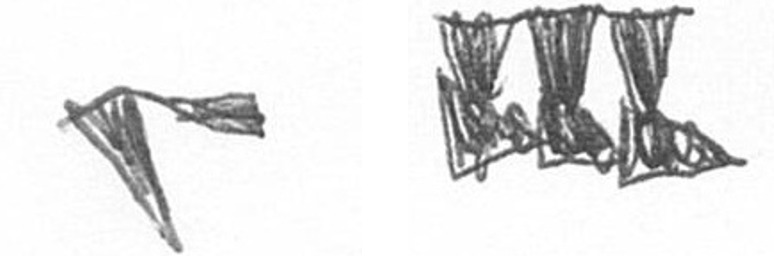
F D